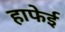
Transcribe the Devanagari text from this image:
हाफेई